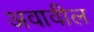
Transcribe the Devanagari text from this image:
अवावील